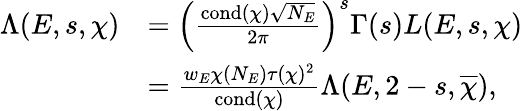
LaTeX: \begin{array}{rl}{\Lambda(E,s,\chi)}&{=\left(\frac{\mathrm{cond}(\chi)\sqrt{N_{E}}}{2\pi}\right)^{s}\Gamma(s)L(E,s,\chi)}\\ &{=\frac{w_{E}\chi(N_{E})\tau(\chi)^{2}}{\mathrm{cond}(\chi)}\Lambda(E,2-s,\overline{{\chi}}),}\end{array}